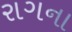
રાગના